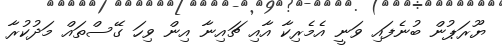
ޔޫރަޕުން ބުނެފައި ވަނީ އެމެރިކާ އާއި ޗައިނާ އިން ވިހަ ގޭސްތައް މަދުކުރާ